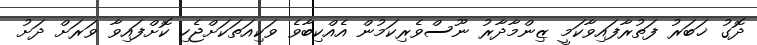
ދޮގު ޚަބަރު ފަތުރާފައިވާކަމީ ޒިންމާދާރު ނޫސްވެރިކަމުން އެއްކިބާވެ ވަކިއަތަކަށްޖެހި ކޮށްފައިވާ ވަރަށް ދަށު